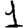
Digit: 1